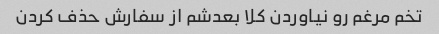
تخم مرغم رو نیاوردن کلا بعدشم از سفارش حذف کردن